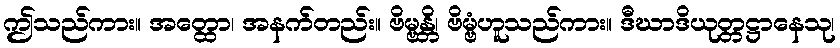
ဤသည်ကား။ အတ္ထော၊ အနက်တည်း။ ဗိမ္ဗန္တိ၊ ဗိမ္ဗံဟူသည်ကား။ ဒီဃာဒိယုတ္တဋ္ဌာနေသု၊